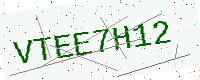
Text: VTEE7H12